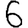
Digit: 6